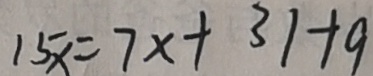
1 5 x = 7 x + 3 1 + 9